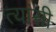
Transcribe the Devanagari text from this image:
त्यांसी